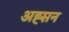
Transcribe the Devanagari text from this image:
अह्सन